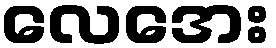
လေအေး